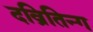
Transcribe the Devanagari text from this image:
दव्रितिन्ग